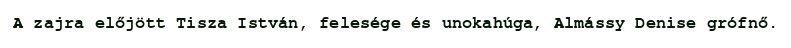
A zajra előjött Tisza István, felesége és unokahúga, Almássy Denise grófnő.